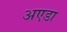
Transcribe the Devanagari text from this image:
अएडा